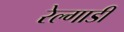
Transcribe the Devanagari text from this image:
रेल्गाडी